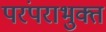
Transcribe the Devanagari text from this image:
परंपराभुक्त